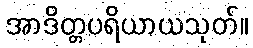
အာဒိတ္တပရိယာယသုတ်။